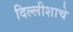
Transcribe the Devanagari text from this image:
दिल्लीशाचे